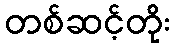
တစ်ဆင့်တိုး